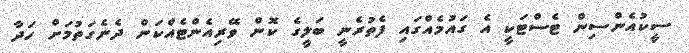
ސީކުއެންސިން ޓެސްޓަކީ އެ ގައުމެއްގައި ފެތުރެނީ ބަލީގެ ކޮން ވޭރިއެންޓެއްކަން ދެނެގަތުމަށް ހަދާ